Cholera in India, 1862 to 1881
Year: 1862
Disease focus: Cholera
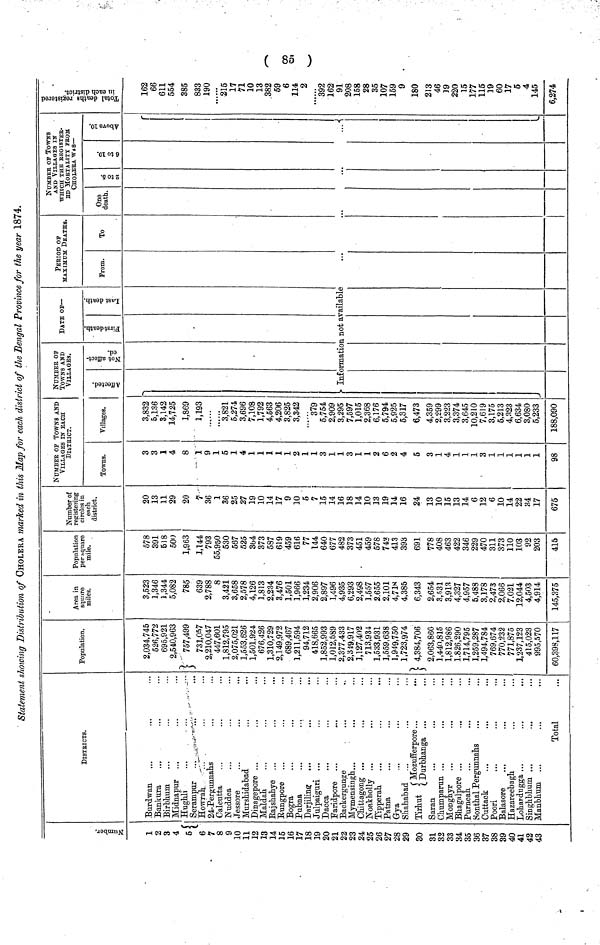
( 85 )
Statement showing Distribution of CHOLERA marked in this Map for each district of the Bengal Province for the year 1874.
Number
1
2
3
4
5
6
7
8
9
10
11
12
13
14
15
16
17
18
19
20
21
22
23
24
25
26
27
28
29
30
31
32
33
34
35
36
37
38
39
40
41
42
43
DISTRICTS.
Burdwan
Bankura
Birbbum
Midnapur
...
Hughli
Serampur
Howrah
24-Pergunnahs
Calcutta
Nuddea
Jessore
Murshidabad
Dinagepore ...
Maldah
Rajshahye
Rungpore
Bogra
Pubna
Darjiling
...
Julpaiguri ...
Dacca
Faridpore ...
Backergunge
Mymensingh....
...
Chittagong ...
Noakyholly ...
Tipperah
Patna
Gya
Shahabad
Tirhut
Mozufferpore...
Durbhanga
Saran
Chumparun ...
Monghyr
Bbagalpore ...
Purneab
Sonthal Pergunnahs
Cuttack
Poori
Balasore
...
Hazareebagh
Lobardugga ...
...
...
Singhbhum ...
Manbhum ...
Total
Population.
2,034,745
526,772
695,921
2,540,963
}
757,499
731,057
2,210,047
447,601
1,812,795
2,075,021
1,553,626
1,501,924
676,426
1,310,729
2,149,972
689,467
1,211,594
94,712
418,665
1,852,993
1,012,589
2,377,433
2,349,917
3,127,402
713,934
1,533,931
1,559.638
1,949,750
1,723,974
4,384,706
2,063,860
1,440,815
1,812,986
1.826,290
1,714,795
1,259,287
1,494,784
769,674
770,232
771,875
1,237,123
415,023
995,570
60,398,117
Area in
square
miles.
3,523
1,346
1,344
5,082
785
639
2,788
8
3,421
3,658
2,578
4,126
1,813
2,234
3,476
1,501
1,966
1,234
2,906
2,897
1,496
4,935
6,293
2,498
1,557
2.655
2,101
4,718
4,385
6 ,343
2,654
3,531
3,913
4,327
4,957
5,488
3,178
2,473
2,066
7.021
12,044
4,503
4,914
145,375
Population
per square
mile.
578
391
518
500
1,963
1,144
793
55,950
530
567
525
364
373
587
619
459
616
77
144
640
677
482
373
451
459
578
742
413
393
691
778
408
463
422
346
229
470
311
373
110
103
92
203
415
Number of
registering
circles in
each
district.
20
13
11
29
20
7
36
1
36
25
27
19
10
14
17
9
10
5
7
15
14
16
18
14
10
13
19
14
16
24
13
10
15
13
14
6
12
6
10
14
22
34
17
675
NUMBER OF TOWNS AND
VILLAGES
IN
EACH
DISTRICT.
NUMBER OF
TOWNS AND
VILLAGES.
Towns.
3
3
1
4
8
1
9
1
5
1
4
1
1
1
1
1
2
1
1
3
1
1
3
1
1
2
6
2
4
5
3
1
4
1
1
1
3
1
1
1
1
1
1
98
Villages.
3,832
5,136
3,142
14,725
1,869
1,193
3,821
5,274
3,696
7,108
1,792
4,563
4,206
3,825
3,342
.. ...
379
5,754
2,909
3,295
7,597
1,015
2,368
6,176
5,794
5,925
5,317
6,473
4,359
2,299
3,223
3,374
3,645
10,210
7,619
3,175
5,213
4,323
6,634
3,080
5,233
188,090
Affected. Not affected.
DATE OF—
First death Last death
Information not available
_
From.
To
NUMBER OF TOWNS
AND VILLAGES IN
WHICH THE REGISTER-
ED MORTALITY FROM
CHOLERA WAS—
One
death.
2 to 6
..
6 to 10
Above 10.Total deaths registered in each
district.
162
66
611
554
385
833
190
... ...
215
17
71
10
13
382
59
6
114.
2
392
162
91
208
158
28
35
107
159
9
180
213
46
19
220
15
177
115
19
60
17
5
4
145
6,274